Report of the King Institute of Preventive Medicine, Guindy
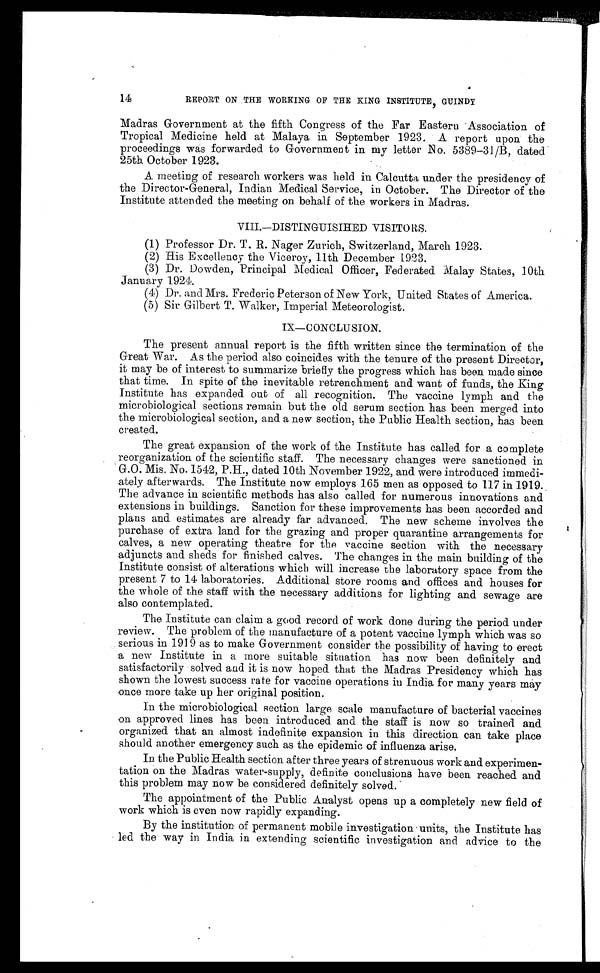
14
REPORT ON THE WORKING OF THE KING INSTITUTE, GUINDY
Madras Government at the fifth Congress of the Far Eastern Association of
Tropical Medicine held at Malaya in September 1923. A report upon the
proceedings was forwarded to Government in my letter No. 5389—31/B, dated
25th October 1923.
A meeting of research workers was held in Calcutta under the presidency of
the Director-General, Indian Medical Service, in October. The Director of the
Institute attended the meeting on behalf of the workers in Madras.
VIII.—DISTINGUISIHED VISITORS.
(1) Professor Dr. T. R. Nager Zurich, Switzerland, March 1923.
(2) His Excellency the Viceroy, 11th December 1923.
(3) Dr. Dowden, Principal Medical Officer, Federated Malay States, 10th
January 1924.
(4) Dr. and Mrs. Frederic Peterson of New York, United States of America.
(5) Sir Gilbert T. Walker, Imperial Meteorologist.
IX— CONCLUSION.
The present annual report is the fifth written since the termination of the
Great War. As the period also coincides with the tenure of the present Director,
it may be of interest to summarize briefly the progress which has been made since
that time. In spite of the inevitable retrenchment and want of funds, the King
Institute has expanded out of all recognition. The vaccine lymph and the
microbiological sections remain but the old serum section has been merged into
the microbiological section, and a new section, the Public Health section, has been
created.
The great expansion of the work of the Institute has called for a complete
reorganization of the scientific staff. The necessary changes were sanctioned in
G.O. Mis. No. 1542, P.H., dated 10th November 1922, and were introduced immedi
-
ately afterwards. The Institute now employs 165 men as opposed to 117 in 1919.
The advance in scientific methods has also called for numerous innovations and
extensions in buildings. Sanction for these improvements has been accorded and
plans and estimates are already far advanced. The new scheme involves the
purchase of extra land for the grazing and proper quarantine arrangements for
calves, a new operating theatre for the vaccine section with the necessary
adjuncts and sheds for finished calves. The changes in the main building of the
Institute consist of alterations which will increase the laboratory space from the
present 7 to 14 laboratories. Additional store rooms and offices and houses for
the whole of the staff with the necessary additions for lighting and sewage are
also contemplated.
The Institute can claim a good record of work done during the period under
review. The problem of the manufacture of a potent vaccine lymph which was so
serious in 1919 as to make Government consider the possibility of having to erect
a new Institute in a more suitable situation has now been definitely and
satisfactorily solved and it is now hoped that the Madras Presidency which has
shown the lowest success rate for vaccine operations in India for many years may
once more take up her original position.
In the microbiological section large, scale manufacture of bacterial vaccines
on approved lines has been introduced and the staff is now so trained and
organized that an almost indefinite expansion in this direction can take place
should another emergency such as the epidemic of influenza arise.
In the Public Health section after three years of strenuous work and experimen
-
tation on the Madras water-supply, definite conclusions have been reached and
this problem may now be considered definitely solved.
The appointment of the Public Analyst opens up a completely new field of
work which is even now rapidly expanding.
By the institution of permanent mobile investigation units, the Institute has
led the way in India in extending scientific investigation and advice to the